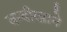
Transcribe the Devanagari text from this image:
बन्दीखाने